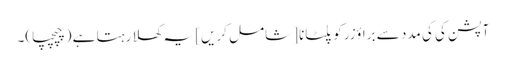
آپشن کی کی مدد سے براؤزر کو پلٹانا [شامل کریں] یہ کھلا رہتا ہے (چپچپا)۔